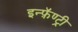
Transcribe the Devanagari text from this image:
इन्फ़ॅण्ट्री